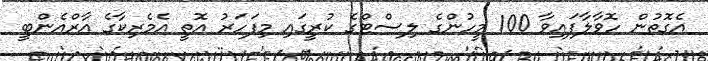
އެގޮތުން ހޮވާލާފައިވާ 100 މީހުންގެ ލިސްޓްގެ ކުރީގައި މިފަހަރު އޮތީ އެމެރިކާގެ އާރްއެންބީ